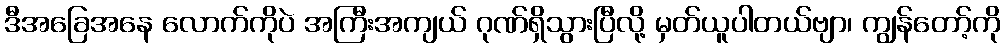
ဒီအခြေအနေ လောက်ကိုပဲ အကြီးအကျယ် ဂုဏ်ရှိသွားပြီလို့ မှတ်ယူပါတယ်ဗျာ၊ ကျွန်တော့်ကို